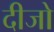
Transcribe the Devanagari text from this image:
दीजो